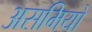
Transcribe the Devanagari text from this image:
असमियों